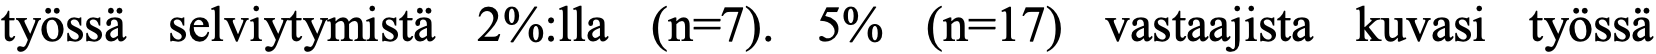
työssä selviytymistä 2%:lla (n=7). 5% (n=17) vastaajista kuvasi työssä